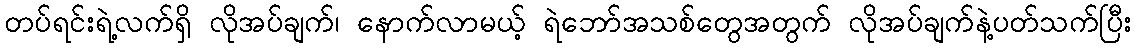
တပ်ရင်းရဲ့လက်ရှိ လိုအပ်ချက်၊ နောက်လာမယ့် ရဲဘော်အသစ်တွေအတွက် လိုအပ်ချက်နဲ့ပတ်သက်ပြီး